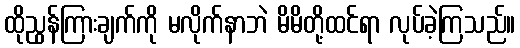
ထိုညွန်ကြားချက်ကို မလိုက်နာဘဲ မိမိတို့ထင်ရာ လုပ်ခဲ့ကြသည်။